Annual administration report of the Civil Veterinary Department of India - 1895-1896
Year: 1895
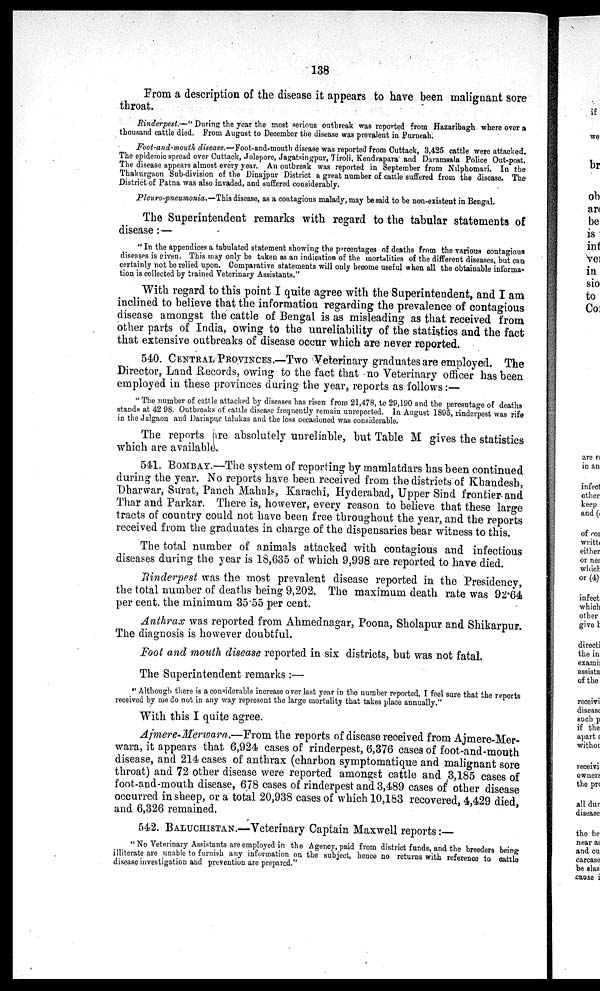
138
From a description of the disease it appears to have been malignant sore
throat.
Rinderpest.—"During the year the most serious outbreak was reported from Hazaribagh where over a
thousand cattle died. From August to December the disease was prevalent in Purneah.
Foot-and-mouth disease.—Foot-and-mouth disease was reported from Cuttack, 3,425 cattle were attacked.
The epidemic spread over Cuttack, Jolepore, Jagatsingpur, Tiroli, Kendrapara and Daramsala Police Out-post.
The disease appears almost every year. An outbreak was reported in September from Nilphomari. In the
Thakurgaon Sub-division of the Dinajpur District a great number of cattle suffered from the disease. The
District of Patna was also invaded, and suffered considerably.
Pleura-pneumonia.—This disease, as a contagious malady, may be said to be non-existent in Bengal.
The Superintendent remarks with regard to the tabular statements of
disease:—
"In the appendices a tabulated statement showing the percentages of deaths from the various contagious
diseases is given. This may only be taken as an indication of the mortalities of the different diseases, but can
certainly not be relied upon. Comparative statements will only become useful when all the obtainable informa-
tion is collected by trained Veterinary Assistants."
With regard to this point I quite agree with the Superintendent, and I am
inclined to believe that the information regarding the prevalence of contagious
disease amongst the cattle of Bengal is as misleading as that received from
other parts of India, owing to the unreliability of the statistics and the fact
that extensive outbreaks of disease occur which are never reported.
540. CENTRAL PROVINCES.—Two Veterinary graduates are employed. The
Director, Land Records, owing to the fact that no Veterinary officer has been
employed in these provinces during the year, reports as follows:—
"The number of cattle attacked by diseases has risen from 21,478, to 29,190 and the percentage of deaths
stands at 42 98. Outbreaks of cattle disease frequently remain unreported. In August 1895, rinderpest was rife
in the Jalgaou and Dariapur talukas and the loss occasioned was considerable.
The reports hre absolutely unreliable, but Table M gives the statistics
which are available.
541. BOMBAY.—The system of reporting by mamlatdars has been continued
during the year. No reports have been received from the districts of Khandesh,
Dharwar, Surat, Panch Mahals, Karachi, Hyderabad, Upper Sind frontier and
Thar and Parkar. There is, however, every reason to believe that these large
tracts of country could not have been free throughout the year, and the reports
received from the graduates in charge of the dispensaries bear witness to this.
The total number of animals attacked with contagious and infectious
diseases during the year is 18,635 of which 9,998 are reported to have died.
Rinderpest was the most prevalent disease reported in the Presidency,
the total number of deaths being 9,202. The maximum death rate was 92-64
per cent. the minimum 35.55 per cent.
Anthrax was reported from Ahmednagar, Poona, Sholapur and Shikarpur.
The diagnosis is however doubtful.
Foot and mouth disease reported in six districts, but was not fatal.
The Superintendent remarks:—
"Although there is a considerable increase over last year in the number reported, I feel sure that the reports
received by me do not in any way represent the large mortality that takes place annually."
With this I quite agree.
Ajmere-Merwara.—From the reports of disease received from Ajmere-Mer-
wara, it appears that 6,924 cases of rinderpest, 6,376 cases of foot-and-mouth
disease, and 214 cases of anthrax (charbon symptomatique and malignant sore
throat) and 72 other disease were reported amongst cattle and 3,185 cases of
foot-and-mouth disease, 678 cases of rinderpest and 3,489 cases of other disease
occurred in sheep, or a total 20,938 cases of which 10,183 recovered, 4,429 died,
and 6,326 remained.
542. BALUCHISTAN.—Veterinary Captain Maxwell reports:—
"No Veterinary Assistants are employed in the Agenoy, paid from district funds, and the breeders being
illiterate are unable to furnish any information on the subject, hence no returns with reference to cattle
disease investigation and prevention are prepared."